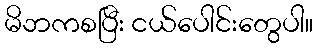
မိဘကစပြီး ငယ်ပေါင်းတွေပါ။